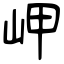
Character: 岬